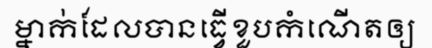
ម្នាក់ដែលបានធ្វើខួបកំណើតឲ្យ